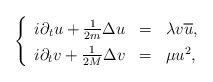
LaTeX: \begin{align*} \left\{ \renewcommand*{\arraystretch}{1.3}\begin{array}{rcl}i\partial_t u + \frac{1}{2m} \Delta u & = & \lambda v \overline{u}, \\i\partial_t v + \frac{1}{2M} \Delta v & = & \mu u^2,\end{array}\right.\end{align*}